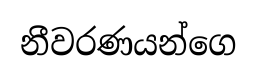
නීවරණයන්ගෙ